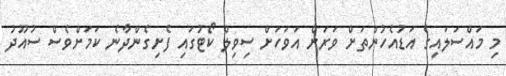
މި މައްސަލައިގެ އަޑުއެހުންތަށް ވަރަށް އަވަހަށް ސިވިލް ކޯޓުގައި ފެށިގެންދާނެ ކަމަށްވެސް ސުއޫދު